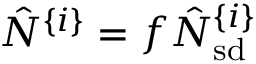
\hat { N } ^ { \{ i \} } = f \hat { N } _ { \mathrm { s d } } ^ { \{ i \} }